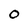
Character: 0